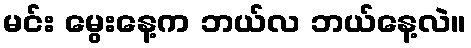
မင်း မွေးနေ့က ဘယ်လ ဘယ်နေ့လဲ။